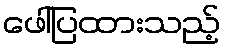
ဖေါ်ပြထားသည့်